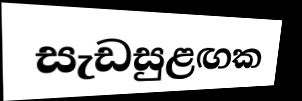
සැඩසුළඟක